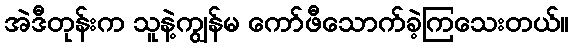
အဲဒီတုန်းက သူနဲ့ကျွန်မ ကော်ဖီသောက်ခဲ့ကြသေးတယ်။